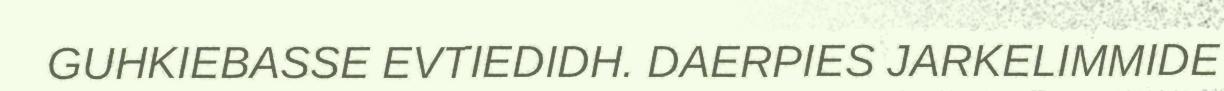
GUHKIEBASSE EVTIEDIDH. DAERPIES JARKELIMMIDE